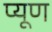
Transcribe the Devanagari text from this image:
प्यूण